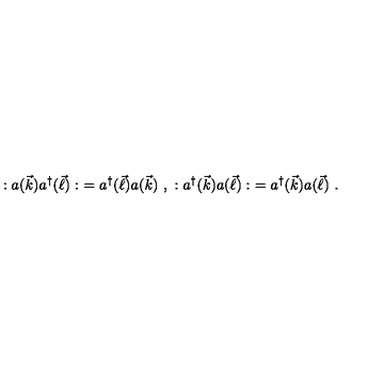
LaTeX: : a ( \vec { k } ) a ^ { \dagger } ( \vec { \ell } ) : \ = a ^ { \dagger } ( \vec { \ell } ) a ( \vec { k } ) \ , \ : a ^ { \dagger } ( \vec { k } ) a ( \vec { \ell } ) : \ = a ^ { \dagger } ( \vec { k } ) a ( \vec { \ell } ) \ .